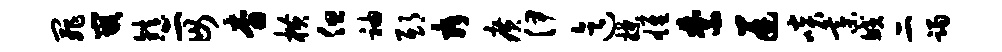
罪嵌镇二毋杳横但袖邸舜广伊迄揲雄禁迸啖綦鲛二躅